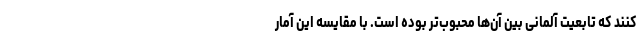
کنند که تابعیت آلمانی بین آن‌ها محبوب‌تر بوده است. با مقایسه این آمار